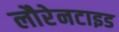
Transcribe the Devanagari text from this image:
लौरेनटाइड